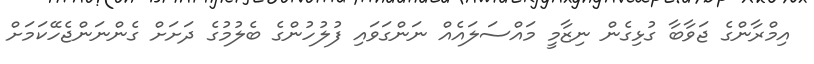
އިމްރާންގެ ޖަވާބާ ގުޅިގެން ނިޒާމީ މައްސަލައެއް ނަންގަވައި ފުލުހުންގެ ބެލުމުގެ ދަށަށް ގެންނަންޖެހޭކަމަށް